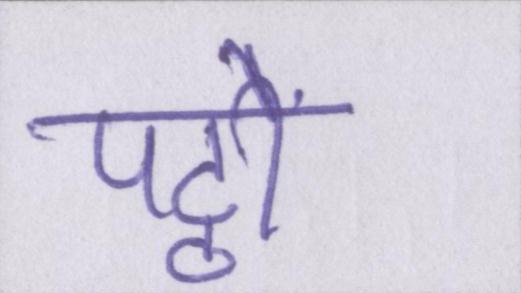
पट्ठों